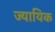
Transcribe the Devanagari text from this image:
ज्यायिक